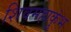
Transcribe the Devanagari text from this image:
शिवमहाकुंभ